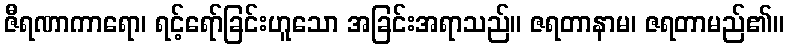
ဇီရဏာကာရော၊ ရင့်ရော်ခြင်းဟူသော အခြင်းအရာသည်။ ဇရတာနာမ၊ ဇရတာမည်၏။